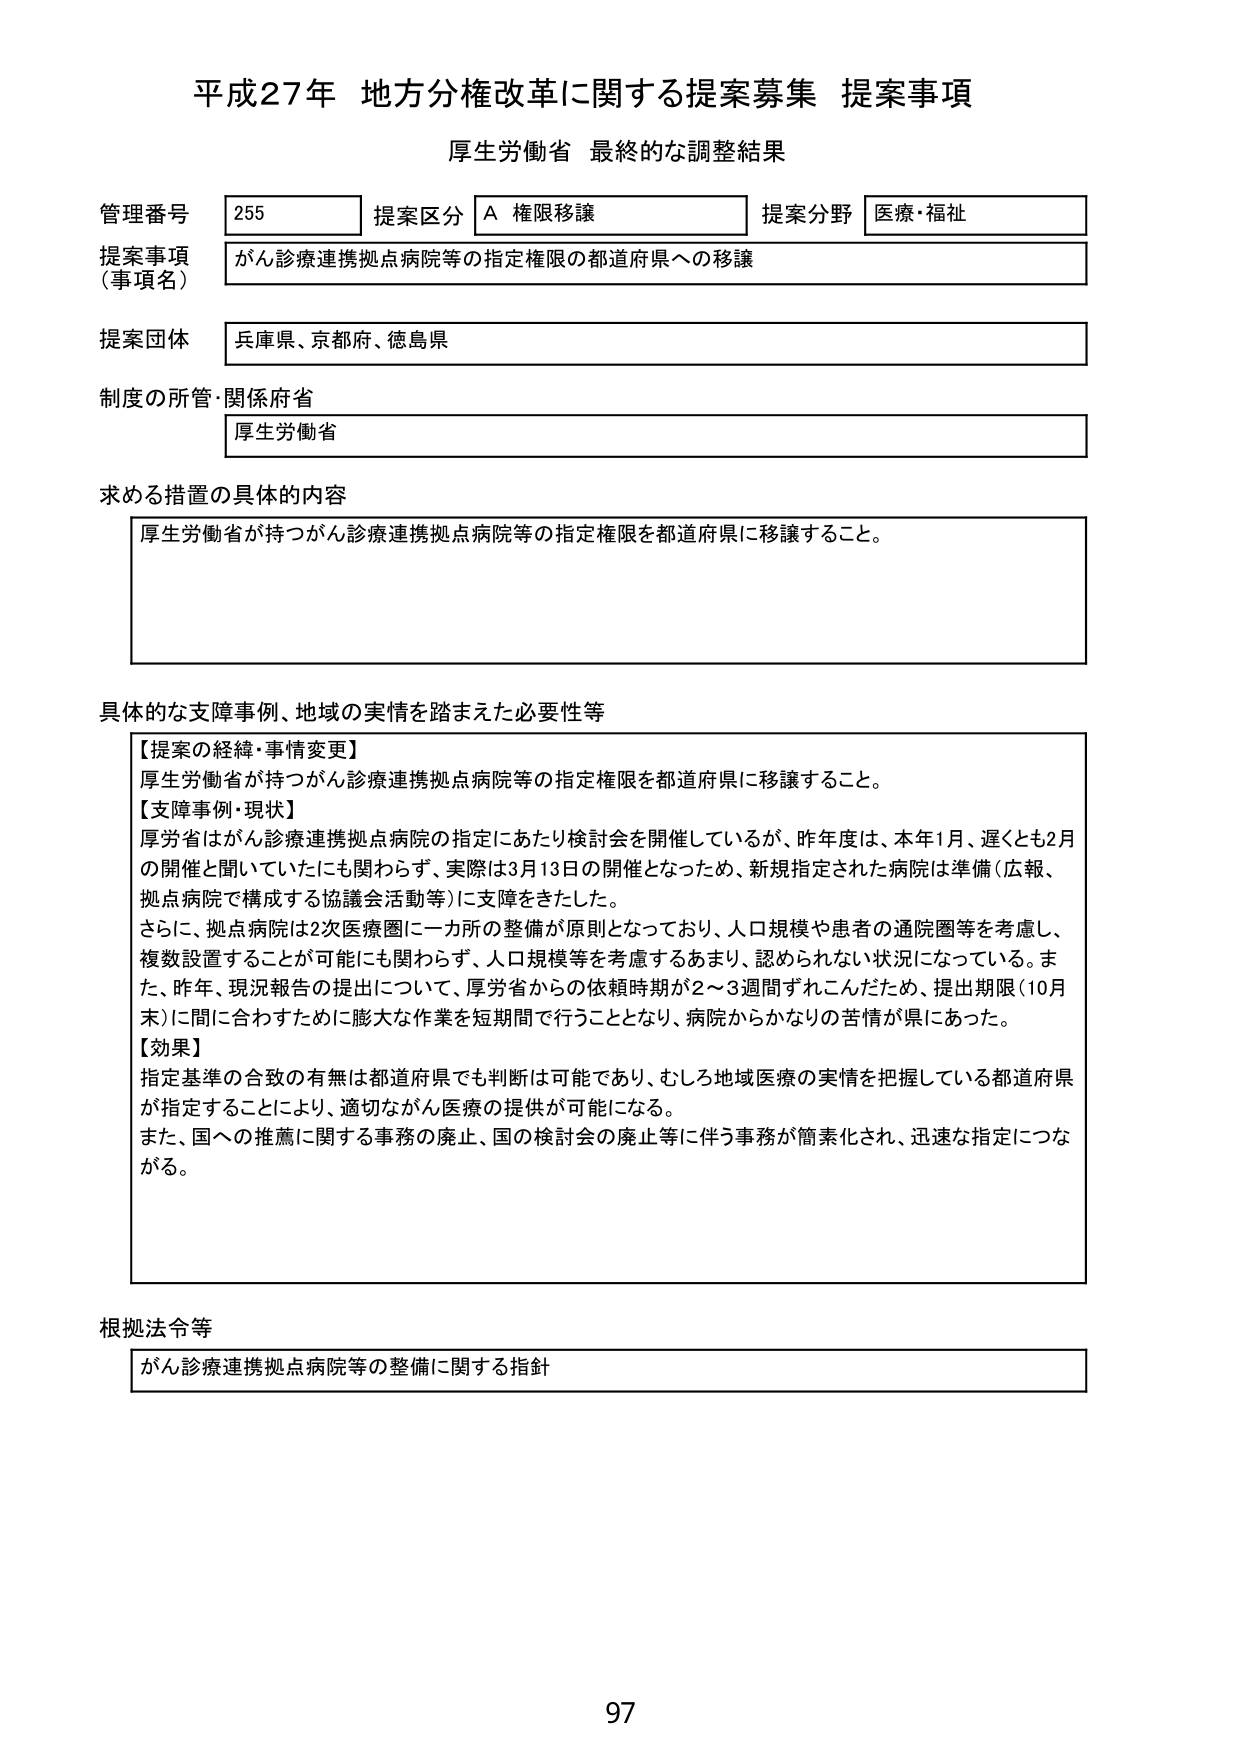
平成27年 地方分権改革に関する提案募集 提案事項
厚生労働省 最終的な調整結果

管理番号 255 提案区分 A 権限移譲 提案分野 医療・福祉
提案事項（事項名） がん診療連携拠点病院等の指定権限の都道府県への移譲
提案団体 兵庫県、京都府、徳島県
制度の所管・関係府省 厚生労働省

求める措置の具体的内容
厚生労働省が持つがん診療連携拠点病院等の指定権限を都道府県に移譲すること。

具体的な支障事例、地域の実情を踏まえた必要性等
【提案の経緯・事情変更】
厚生労働省が持つがん診療連携拠点病院等の指定権限を都道府県に移譲すること。
【支障事例・現状】
厚労省はがん診療連携拠点病院の指定にあたり検討会を開催しているが、昨年度は、本年1月、遅くとも2月の開催と聞いていたにも関わらず、実際は3月13日の開催となったため、新規指定された病院は準備（広報、拠点病院で構成する協議会活動等）に支障をきたした。
さらに、拠点病院は2次医療圏に一カ所の整備が原則となっており、人口規模や患者の通院圏等を考慮し、複数設置することが可能にも関わらず、人口規模等を考慮するあまり、認められない状況になっている。また、昨年、現況報告の提出について、厚労省からの依頼時期が2～3週間ずれこんだため、提出期限（10月末）に間に合わすために膨大な作業を短期間で行うこととなり、病院からかなりの苦情が県にあった。
【効果】
指定基準の合致の有無は都道府県でも判断は可能であり、むしろ地域医療の実情を把握している都道府県が指定することにより、適切ながん医療の提供が可能になる。
また、国への推薦に関する事務の廃止、国の検討会の廃止等に伴う事務が簡素化され、迅速な指定につながる。

根拠法令等
がん診療連携拠点病院等の整備に関する指針

97